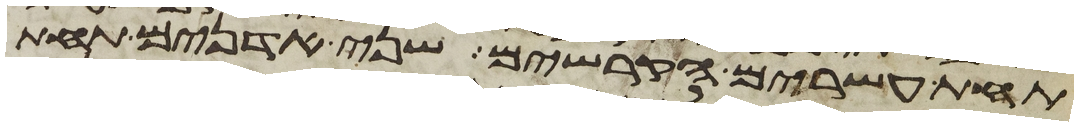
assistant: תחת עשרים הקרשים שני אדנים תחת